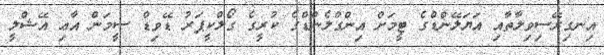
އިނގިރޭސިވިލާތާއި އަޔަލޭންޑްގެ ޓީމަށް އިންގްލެންޑްގެ ކުރީގެ ގޯލްކީޕަރު ޑޭވިޑް ސީމަން އާޢި އޭޝްލީ